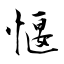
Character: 愝